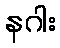
နဂါး